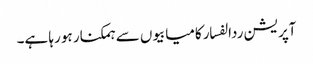
آپریشن ردالفسار کامیابیوں سے ہمکنار ہو رہا ہے۔